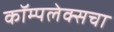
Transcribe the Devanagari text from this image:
कॉम्पलेक्सचा